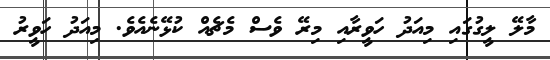
މާލޭ ލީގުގައި މިއަދު ހަވީރާއި މިރޭ ވެސް މެޗެއް ކުޅޭނެއެވެ. މިއަދު ހަވީރު